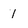
Character: 1